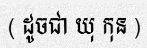
( ដូចជា យុ កុន )